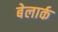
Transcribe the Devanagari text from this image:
बेलार्क